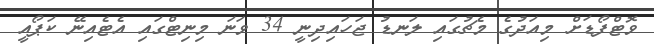
ވޮޓްފޯޑަށް މިއަދުގެ މެޗުގައި ލަނޑު ޖަހައިދިނީ 34 ވަނަ މިނިޓްގައި އެޓެއިނޭ ކަޕޯއީ